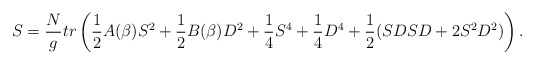
\begin{align*}S = {N \over g} tr \left( {1 \over 2 } A(\beta) S^2 + { 1 \over 2 }B (\beta) D^2 + {1 \over4 } S^4 + {1\over 4 } D^4 + {1 \over 2 } ( S D S D + 2 S^2 D^2 ) \right).\end{align*}